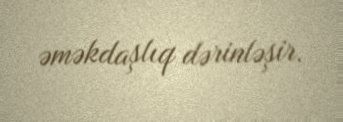
əməkdaşlıq dərinləşir.